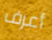
أعرف